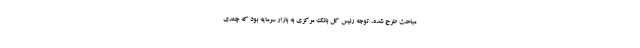
مباحث طرح شده، توجه رئیس کل بانک مرکزی به بازار سرمایه بود که چندی